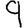
Digit: 9